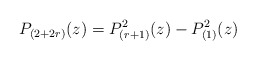
\begin{align*} P_{(2+2r)} (z) = P_{(r+1)}^2 (z) -P_{(1)}^2(z)\end{align*}